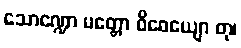
သောဏ္ဍော မတ္တော ဝိဓေယျော တု၊